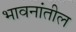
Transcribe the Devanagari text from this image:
भावनांतील